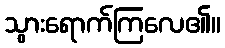
သွားရောက်ကြလေ၏။